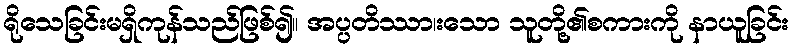
ရိုသေခြင်းမရှိကုန်သည်ဖြစ်၍။ အပ္ပတိဿာ၊းသော သူတို့၏စကားကို နာယူခြင်း